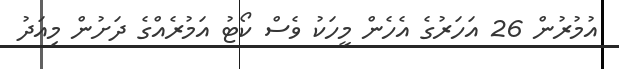
އުމުރުން 26 އަހަރުގެ އެހެން މީހަކު ވެސް ކޯޓު އަމުރެއްގެ ދަށުން މިއަދު